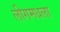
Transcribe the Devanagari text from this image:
लीगमधला